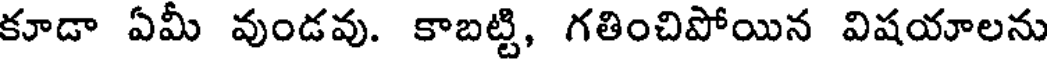
కూడా ఏమీ వుండవు. కాబట్టి, గతించిపోయిన విషయాలను